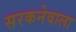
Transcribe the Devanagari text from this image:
सरकनेवाला